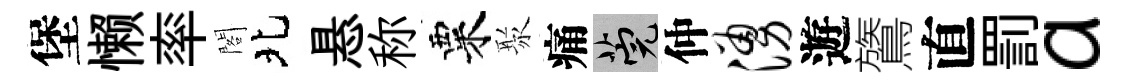
堡懒率閣北悬称粟聚痛筦仲涌遊鷟直罰a